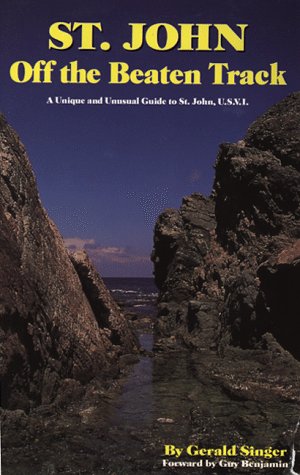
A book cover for St. John Off The Beaten Track; Travel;